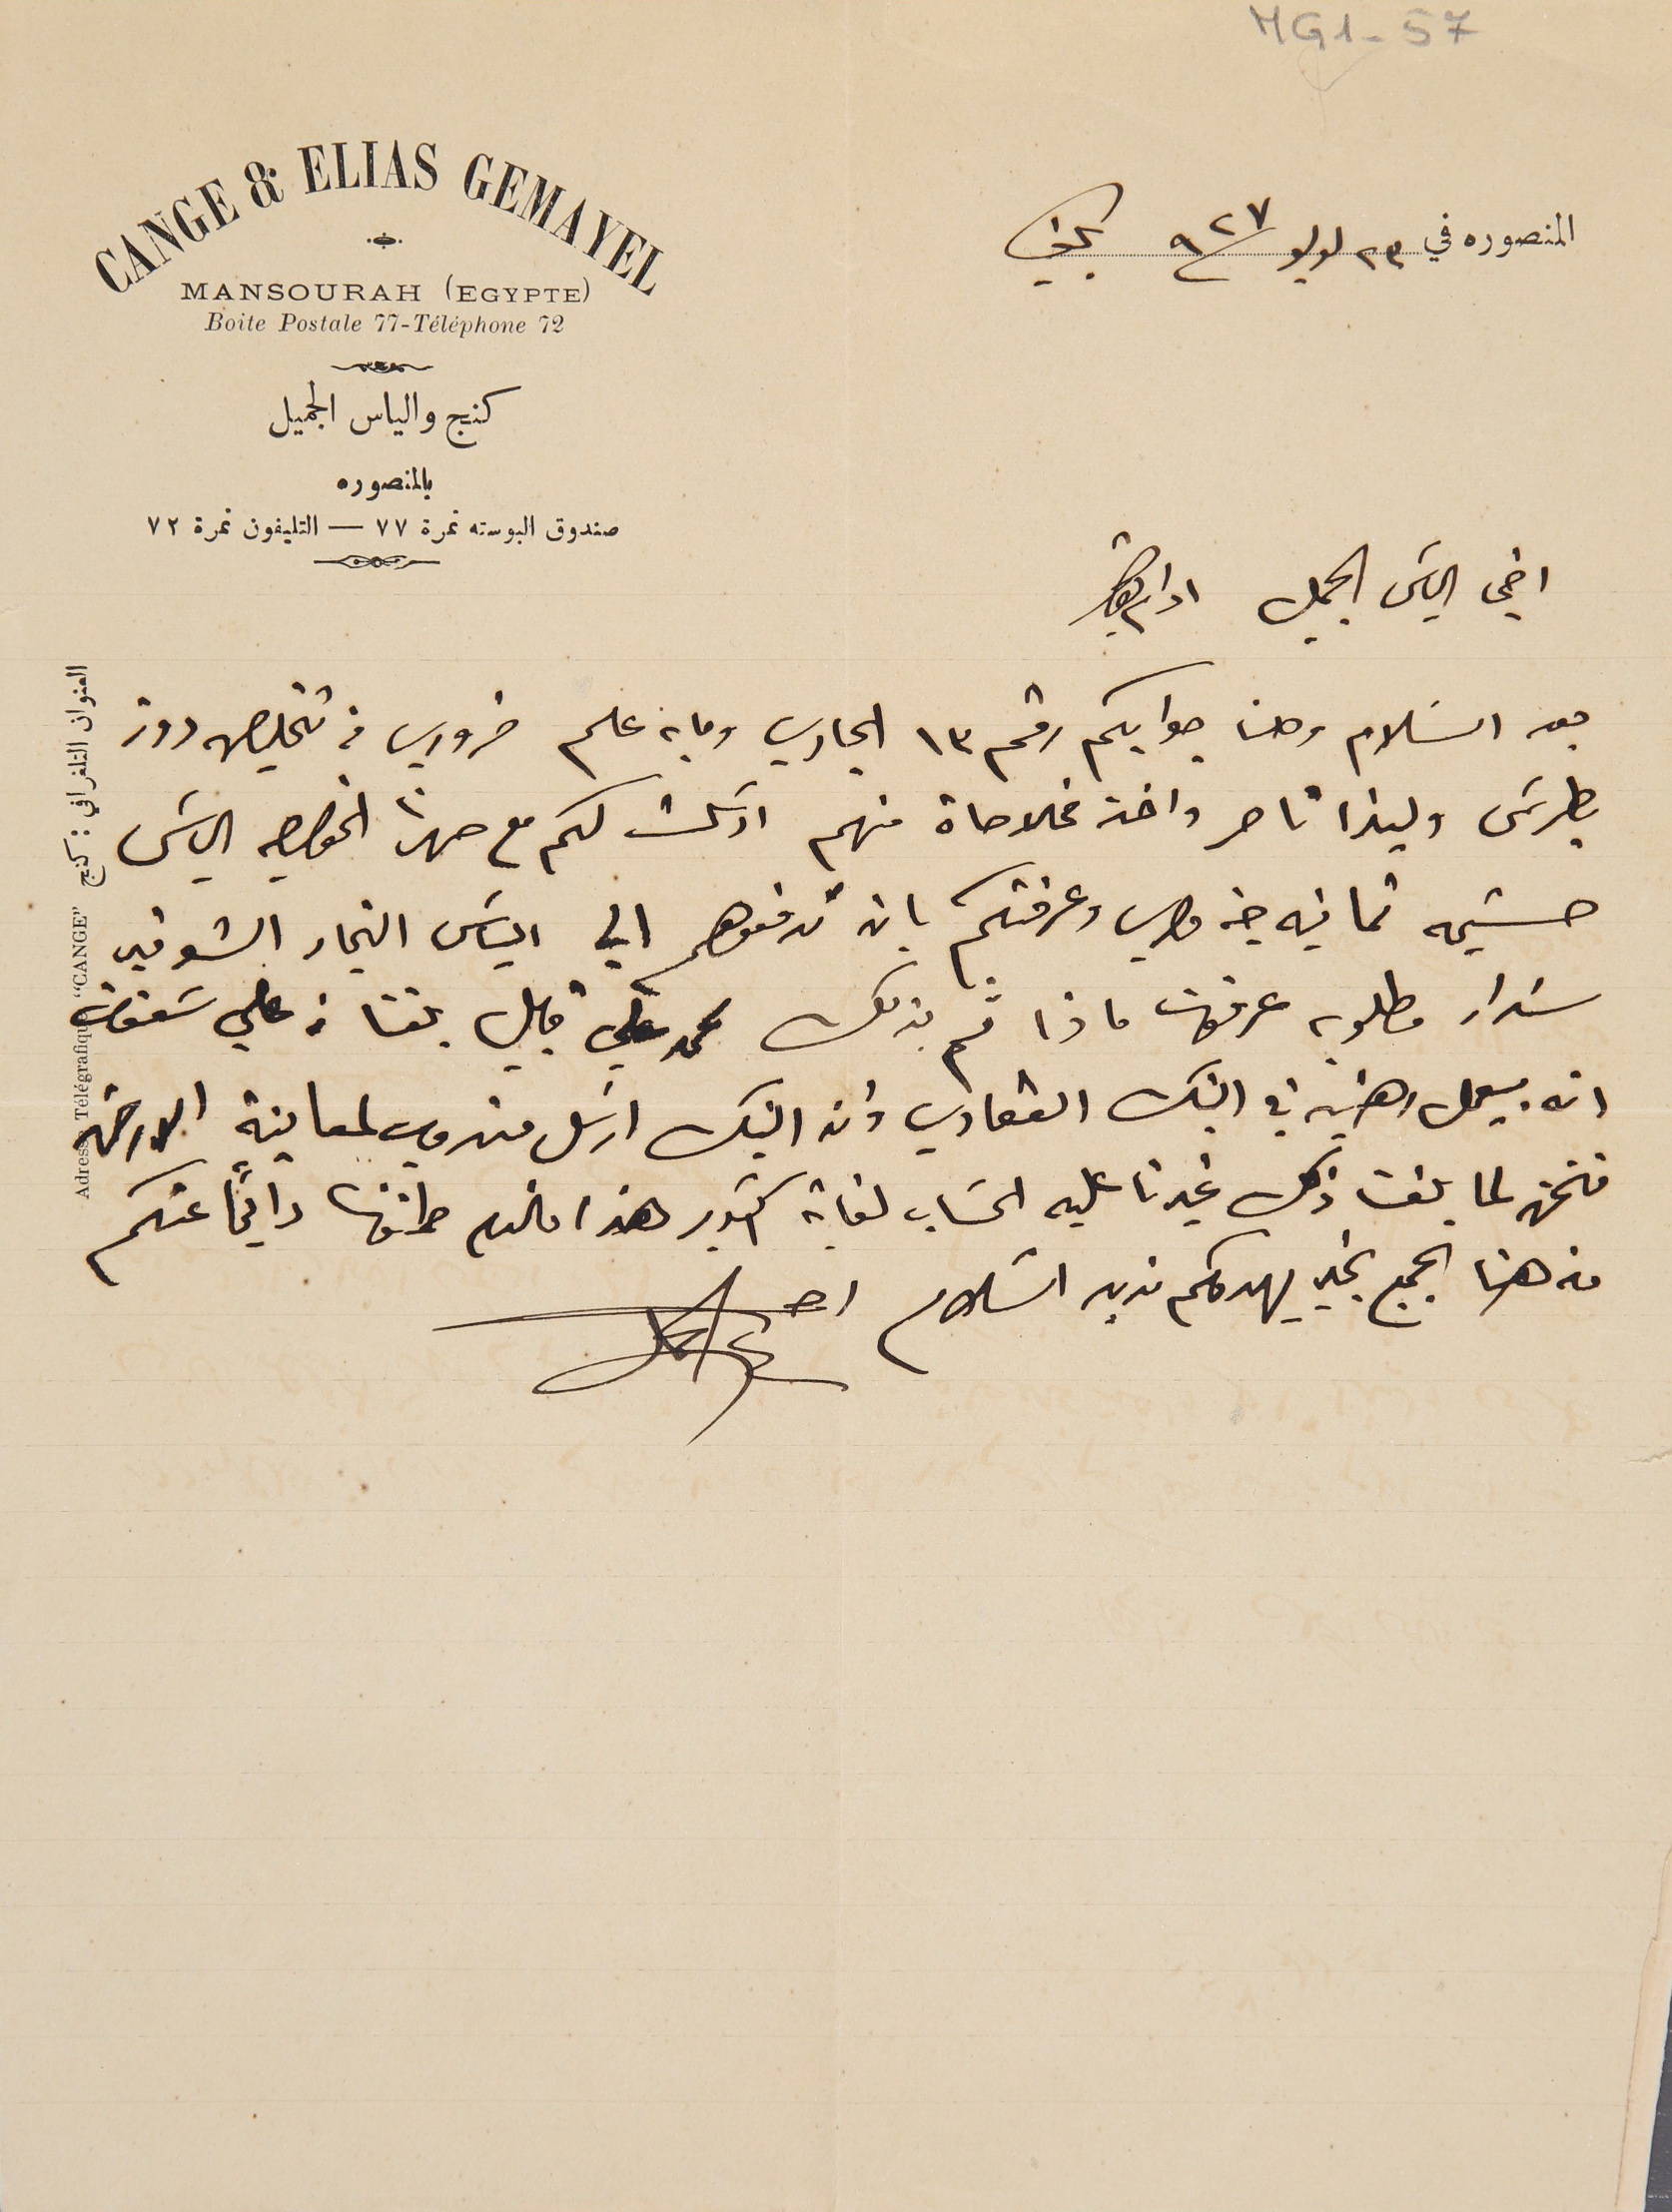
MG1-57
المنصوره في ٢٣ لوليو ٩٢٧ بكفيا
اخي الياسَ الجميل ادام بقاك
بعد السَلام وصلنا جوابكم رقم ٣١ الجاري وما به علم ضروري في تخليص روز
بطرسَ وليندا ناصر واخذ مخالاصاة منهم ارسَلت لكم مع صهرنا الخواجه  الياسَ
حشيمه ثمانيه جنه مصري وعرفتكم بان تدفعوهم الي الياسَ النجار الشوفير
سَداد مطلوبه عرفونا ماذا تم بذلك محمد علي قبيل بلغنا من علي سَعفان
ان بيعمل رهنيه في البنك العقاري وان البنك ارسَل مندوب لمعاينة الارض
فنحن لما بلغنا ذلك غيرنا عليه الحسَاب لغاية اكتوبر هذا فالعلم طمنونا دايماً عنكم
من هنا الجميع بخير يهدوكم مزيد السَلام
CANGE & ELIAS GEMAYEL
MANSOURAH (EGYPTE)
Boite Postale 77-Téléphone 72
كنج والياس الجميل
بالمنصوره
صندوق البوسته نمرة ٧٧ – التليفون نمرة ٧٢